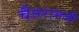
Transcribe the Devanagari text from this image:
चैतरामजी